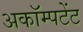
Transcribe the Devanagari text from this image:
अकॉम्पटेंट